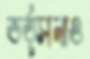
ভর্ত্সনাও